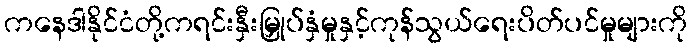
ကနေဒါနိုင်ငံတို့ကရင်းနှီးမြှုပ်နှံမှုနှင့်ကုန်သွယ်ရေးပိတ်ပင်မှုများကို